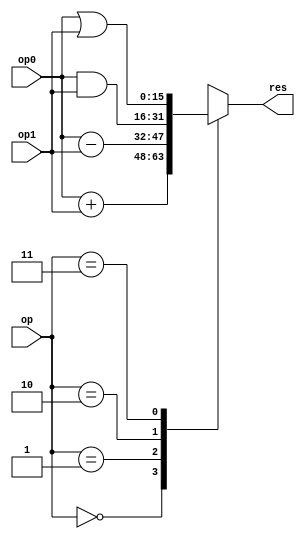
// ALU for PATLPP

module alunit
(
	input				[15:0]	op0,
	input				[15:0]	op1,
	input				[1:0]		op,
	output	reg	[15:0]	res
);

always @(op0 or op1 or op)
begin
	case (op)
		0: res <= op0 + op1;
		1: res <= op0 - op1;
		2: res <= op0 & op1;
		3: res <= op0 | op1;
	endcase
end

endmodule